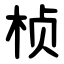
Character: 桢